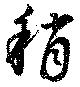
稍